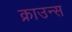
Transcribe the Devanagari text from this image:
क्राउन्स